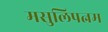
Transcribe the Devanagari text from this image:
मसुलिपत्नम